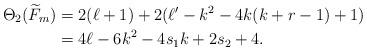
LaTeX: \begin{align*}\Theta_{2}(\widetilde{F}_m) &= 2(\ell + 1) +2(\ell'-k^2-4k(k+r-1)+1) \\&=4\ell-6k^2-4s_1k +2s_2 + 4.\end{align*}